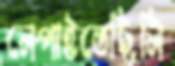
লেপাইতেছিলি